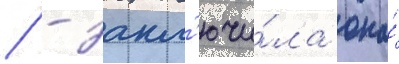
/ - закл'ючи́ла она́